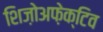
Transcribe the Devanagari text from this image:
शिज़ोअफ़ेक्टिव